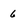
Character: 6